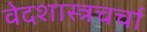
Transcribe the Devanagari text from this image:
वेदशास्त्रचर्चा